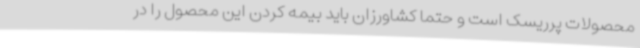
محصولات پرریسک است و حتما کشاورزان باید بیمه کردن این محصول را در